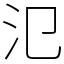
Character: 氾